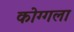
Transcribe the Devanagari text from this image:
कोग्गला